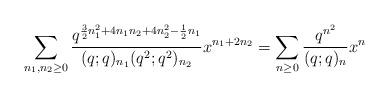
LaTeX: \begin{align*} \sum_{n_1, n_2 \geq 0} \frac{q^{\frac{3}{2} n_1^2 + 4 n_1n_2 + 4 n_2^2 - \frac{1}{2} n_1}}{(q;q)_{n_1} (q^2;q^2)_{n_2}} x^{n_1 + 2 n_2} = \sum_{n \geq 0} \frac{q^{n^2}}{(q;q)_n} x^n\end{align*}